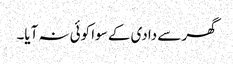
گھر سے دادی کے سوا کوئی نہ آیا۔